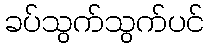
ခပ်သွက်သွက်ပင်